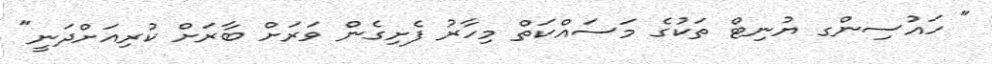
" ހައުސިންގ ޔުނިޓް ތަކުގެ މަސައްކަތް މިހާރު ފެށިގެން ވަރަށް ބާރަށް ކުރިއަށްދަނީ"